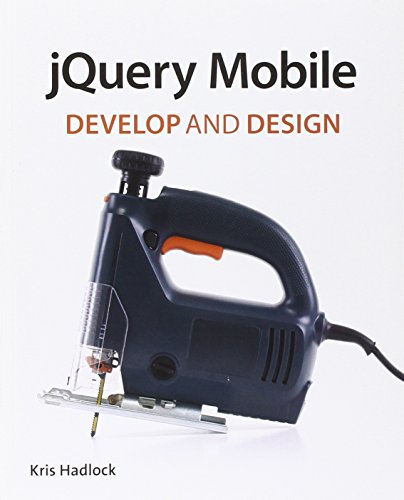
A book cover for jQuery Mobile: Develop and Design; Kris Hadlock; Computers & Technology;